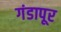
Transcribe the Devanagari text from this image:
गंडापूर